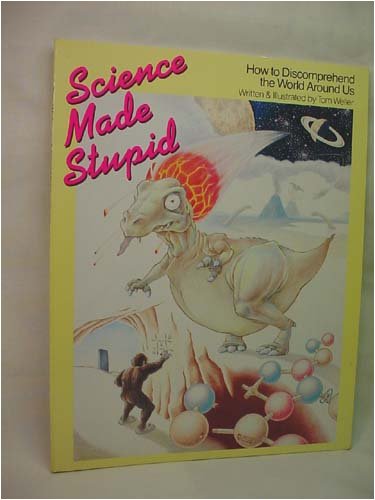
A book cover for Science Made Stupid; Tom Weller; Humor & Entertainment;